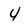
Character: 4